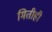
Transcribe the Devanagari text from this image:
मितीही